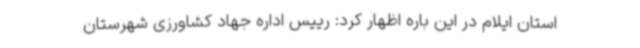
استان ایلام در این باره اظهار کرد: رییس اداره جهاد کشاورزی شهرستان